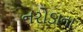
નરોડાના